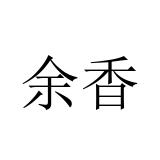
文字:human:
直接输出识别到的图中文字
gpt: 余香